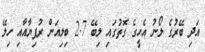
އަދި ބޭރުގެ ލޯނު އެހީގެ ގޮތުގައި ލިބޭ 2.7 ބިލިއަން ރުފިޔާއާއި ހިލޭ